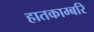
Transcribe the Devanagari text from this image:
हातकाम्बरि